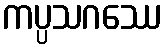
ကပ္ပသဂဿေ